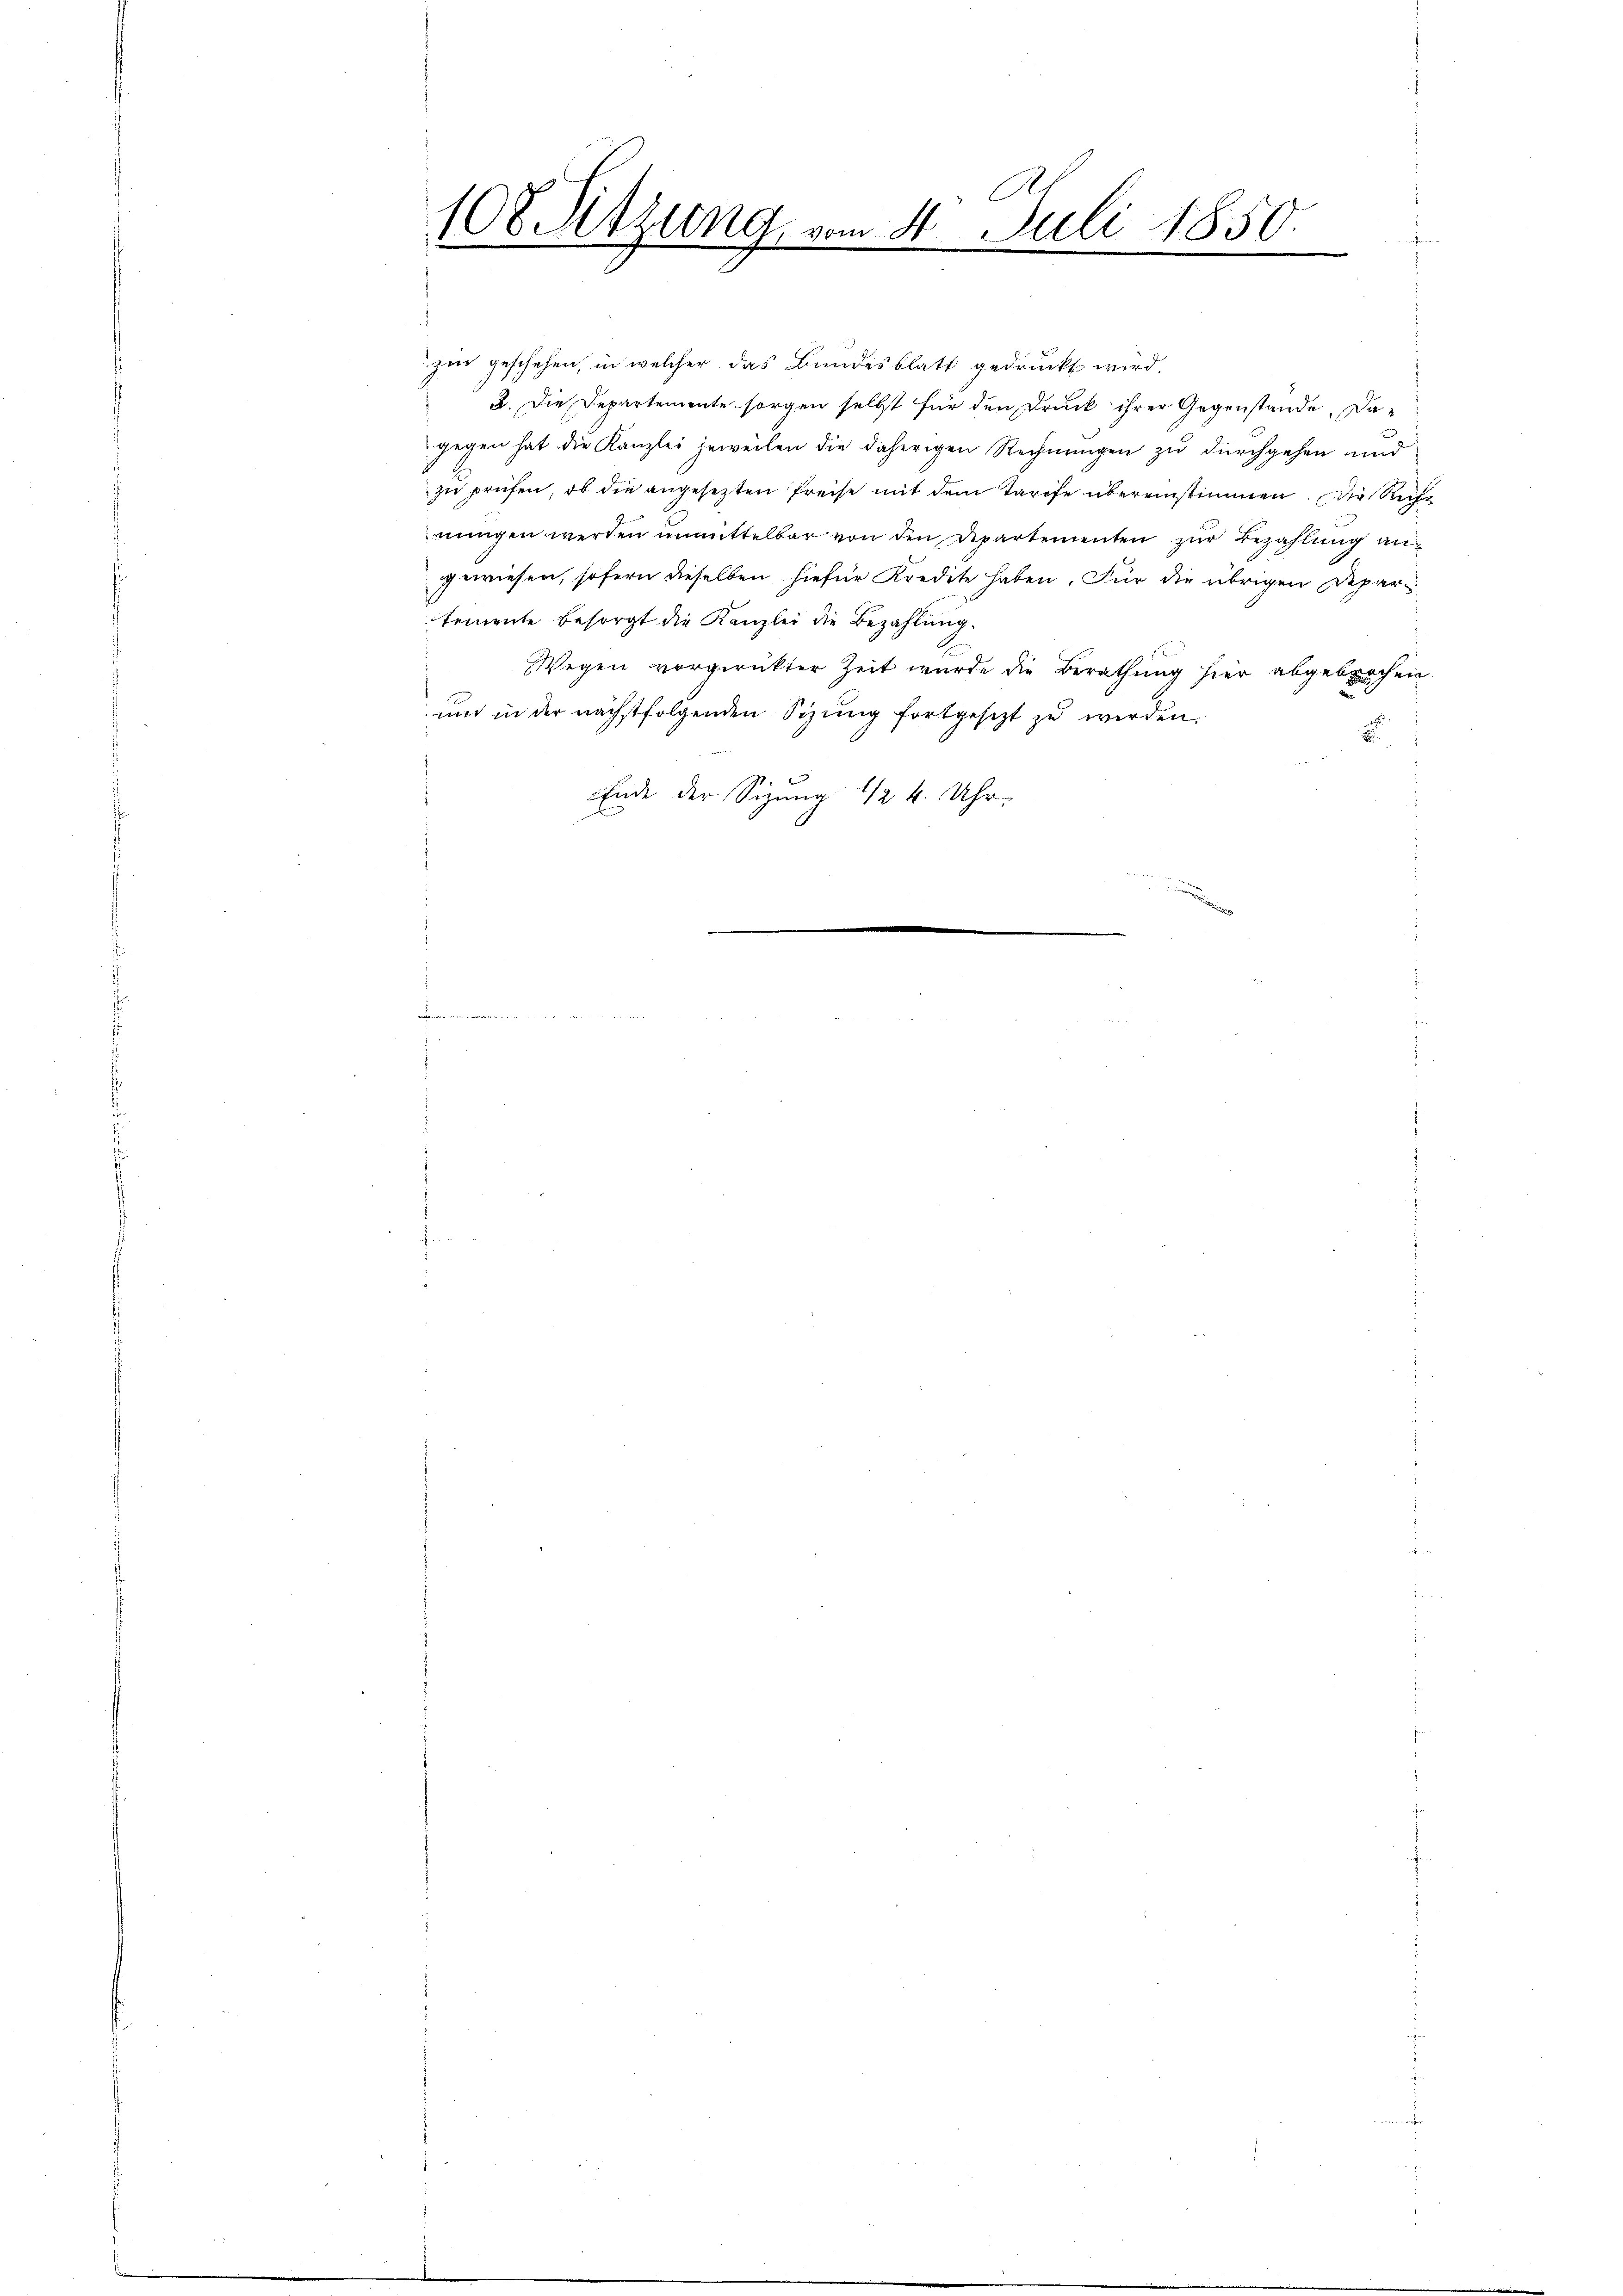
A
108 Sitzung, vom 4. Juli 1850.

zur geschehen, in welcher das Bundesblatt gedruckt wird.
 2. Die Departemente sorgen selbst für den Druck ihrer Gegenstände, dagegen hat die Kanzlei jeweilen die daherigen Rechnungen zu durchgehen und
zu prüfen, ob die angesezten Preise mit dem Tarife übereinstimmen der Ruhe
nungen werden unmittelbar von den Departementen zur Bezahlung angewiesen, sofern dieselben hiefür Kredite haben. Für die übrigen Depari
temente besorgt die Kanzlei die Bezahlung.
Wegen vorgerückter Zeit wurde die Berathung hier abgebrochen
und in der nächstfolgenden Sizŭng fortgesetzt zŭ werden.
2
Ende der Sizung 1 1/2 4. Uhr.